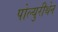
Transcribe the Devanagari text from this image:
पोल्युरीथेन